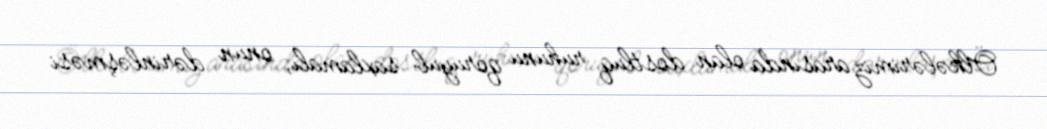
Ölkələrimiz arasında olan dostluq ruhunu qoruyub saxlamalı, onun dərinləşməsi